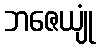
ဘဇေယျုံ